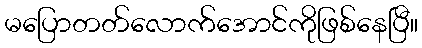
မပြောတတ်လောက်အောင်ကိုဖြစ်နေပြီ။